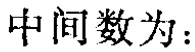
中间数为：